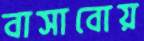
বাসাবোয়